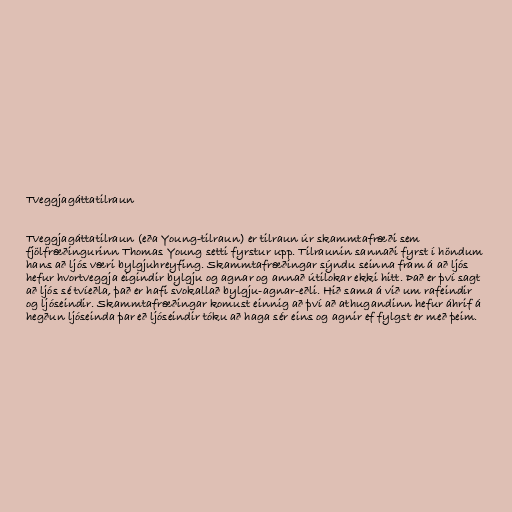
Tveggjagáttatilraun

Tveggjagáttatilraun (eða Young-tilraun) er tilraun úr skammtafræði sem
fjölfræðingurinn Thomas Young setti fyrstur upp. Tilraunin sannaði fyrst í höndum
hans að ljós væri bylgjuhreyfing. Skammtafræðingar sýndu seinna fram á að ljós
hefur hvortveggja eigindir bylgju og agnar og annað útilokar ekki hitt. Það er því sagt
að ljós sé tvíeðla, það er hafi svokallað bylgju-agnar-eðli. Hið sama á við um rafeindir
og ljóseindir. Skammtafræðingar komust einnig að því að athugandinn hefur áhrif á
hegðun ljóseinda þar eð ljóseindir tóku að haga sér eins og agnir ef fylgst er með þeim.